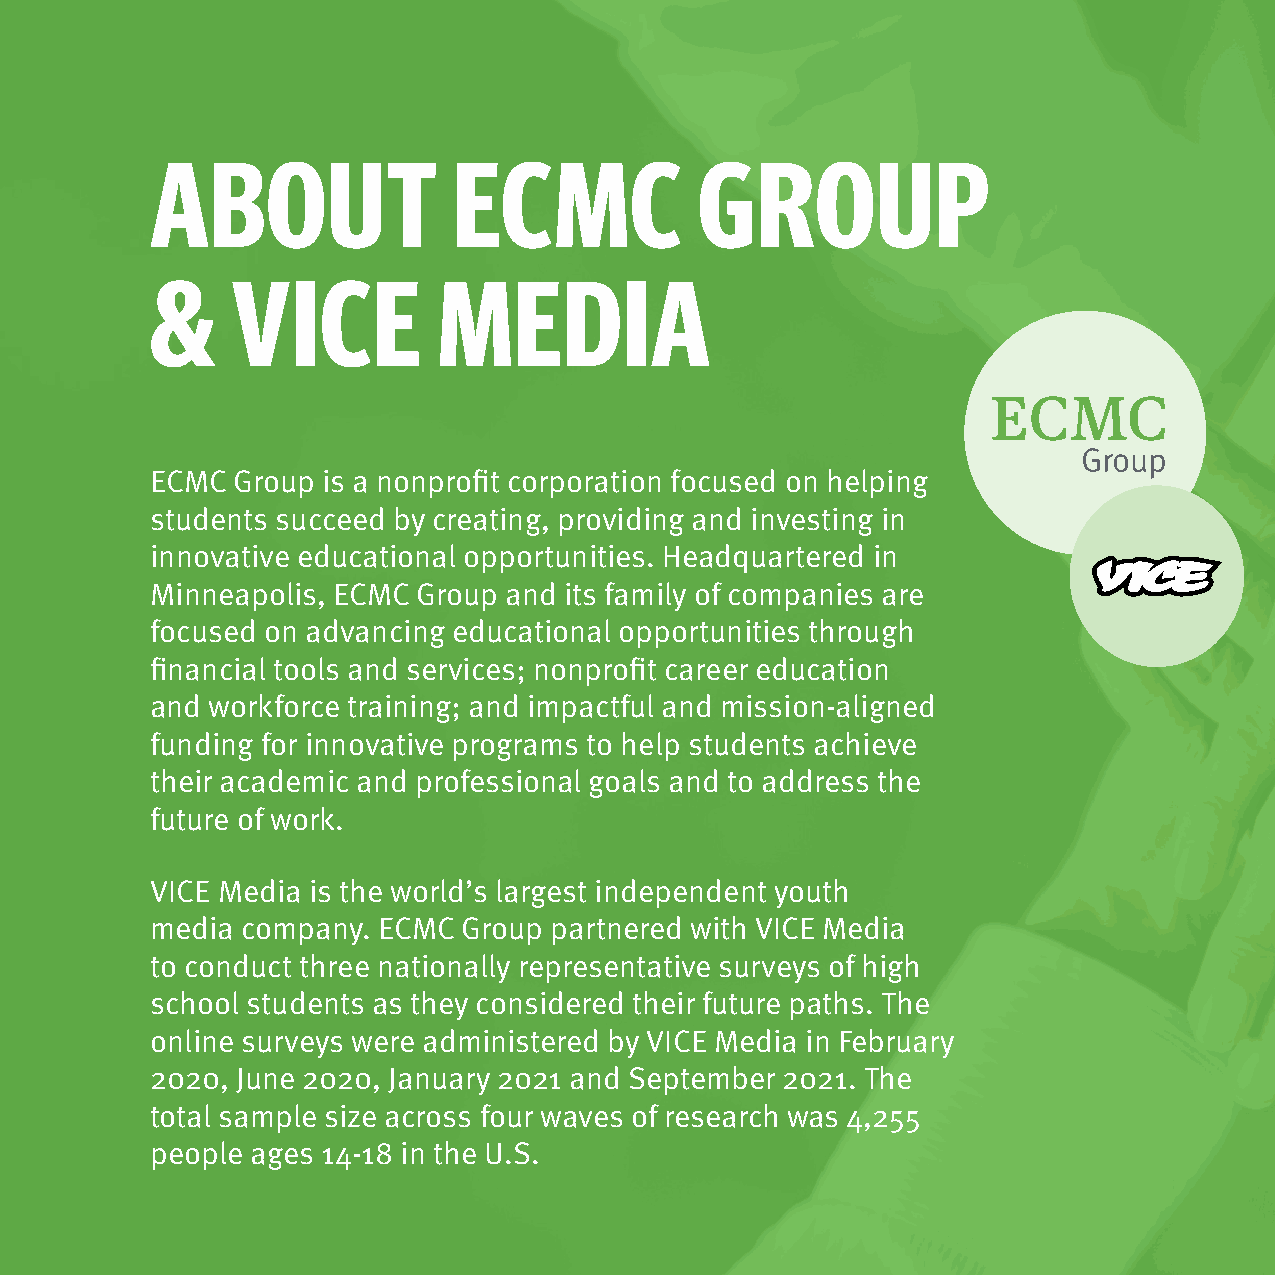
ABOUT               ECMC            GROUP
 &    VICE          MEDIA
 ECMC Group is a nonprofit corporation focused on helping
 students succeed by creating, providing and investing in
 innovative educational opportunities. Headquartered in
 Minneapolis, ECMC Group and its family of companies are
 focused on advancing educational opportunities through
 financial tools and services; nonprofit career education
 and workforce training; and impactful and mission-aligned
 funding for innovative programs to help students achieve
 their academic and professional goals and to address the
 future of work.
 VICE Media is the world’s largest independent youth
 media company. ECMC  Group partnered with VICE Media
 to conduct three nationally representative surveys of high
 school students as they considered their future paths. The
 online surveys were administered by VICE Media in February
 2020, June 2020, January 2021 and September 2021. The
 total sample size across four waves of research was 4,255
 people ages 14-18 in the U.S.